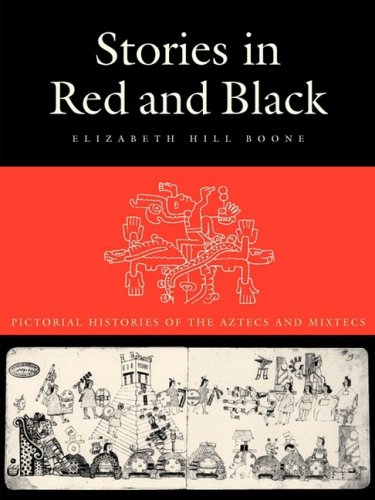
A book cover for Stories in Red and Black: Pictorial Histories of the Aztecs and Mixtecs; Elizabeth Hill Boone; History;